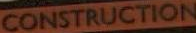
CONSTRUCTION